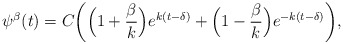
\begin{align*}\psi^{\beta}(t)=C\bigg(\Big(1+\dfrac{\beta}{k}\Big)e^{k(t-\delta)}+\Big(1-\dfrac{\beta}{k}\Big)e^{-k(t-\delta)}\bigg),\end{align*}